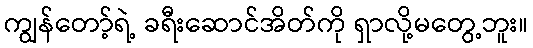
ကျွန်တော့်ရဲ့ ခရီးဆောင်အိတ်ကို ရှာလို့မတွေ့ဘူး။